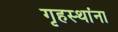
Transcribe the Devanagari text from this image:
गृहस्थांना